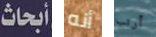
أبحاث أنه أرتب